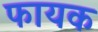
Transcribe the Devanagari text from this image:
फायक